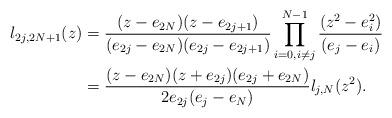
LaTeX: \begin{align*}l_{2j,2N+1}(z)&=\frac{(z-e_{2N})(z-e_{2j+1})}{(e_{2j}-e_{2N})(e_{2j}-e_{2j+1})}\prod_{i=0,i\not=j}^{N-1}\frac{(z^2-e_i^2)}{(e_j-e_i)}\\&=\frac{(z-e_{2N})(z+e_{2j})(e_{2j}+e_{2N})}{2e_{2j}(e_j-e_N)}l_{j,N}(z^2).\\\end{align*}